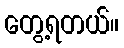
တွေ့ရတယ်။